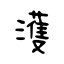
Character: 濩